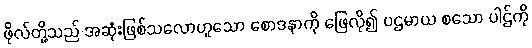
ဖိုလ်တို့သည် အဆုံးဖြစ်သလောဟူသော စောဒနာကို ဖြေလို၍ ပဌမာယ စသော ပါဌ်ကို